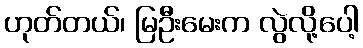
ဟုတ်တယ်၊ မြဦးမေးက လွဲလို့ပေါ့